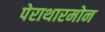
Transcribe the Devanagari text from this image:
पेराथारमोन